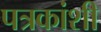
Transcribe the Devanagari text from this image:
पत्रकांशी